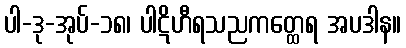
ပါ-ဒု-အုပ်-၁၈၊ ပါဋိဟီရသညကတ္ထေရ အပဒါန။